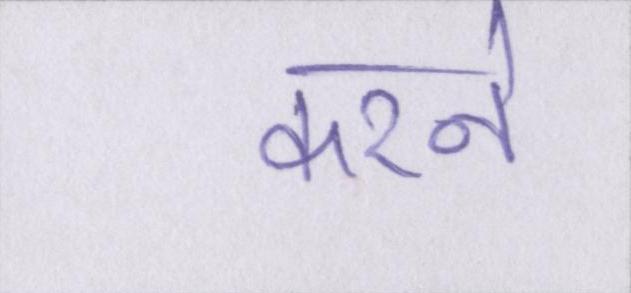
करने